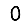
Digit: 0